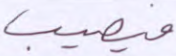
فيصيب